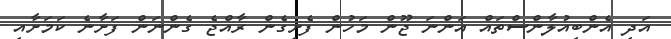
އަދި އެންބިއުލާންސްތައް އަންނަ ޖޫން މަހުން ފެށިގެން ރާއްޖެ ގެންނަން ފަށާނެ ކަމަށާއި